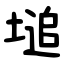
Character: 塠